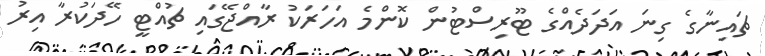
ޗައިނާގެ ގިނަ އަދަދެއްގެ ޓޫރިސްޓުން ކޮންމެ އަހަރަކު ރާއްޖޭގައި ޗުއްޓީ ހޭދަކުރާ އިރު